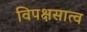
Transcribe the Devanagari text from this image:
विपक्षसात्व